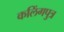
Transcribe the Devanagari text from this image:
कलिंगपुत्र